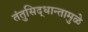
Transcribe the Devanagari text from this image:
तंतुसिद्धान्तामुळे